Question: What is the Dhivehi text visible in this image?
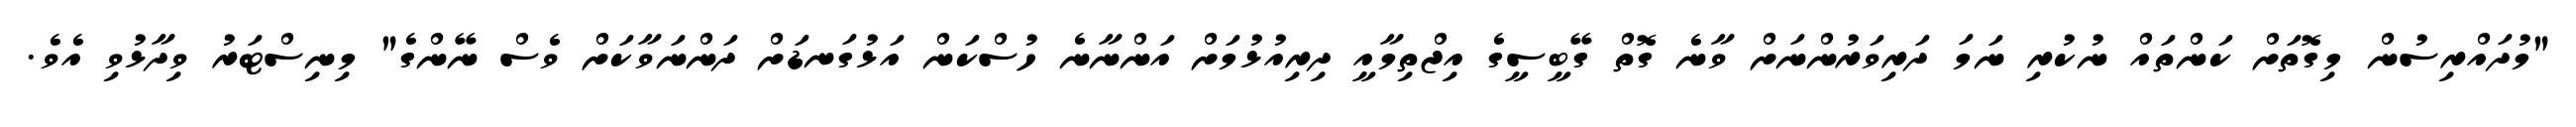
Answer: "މުދައްރިސުން މިގޮތަށް ކަންތައް ނުކުރި ނަމަ ދަރިވަރުންނަށް ވާނެ ގޮތް ގޭބީސީގެ އިޖްތިމާއީ ދިރިއުޅުމަށް އަންނާނެ ހުސްކަން އަޅުގަނޑަށް ދަންނަވާކަށް ވެސް ނޭންގެ" މިނިސްޓަރު ވިދާޅުވި އެވެ.